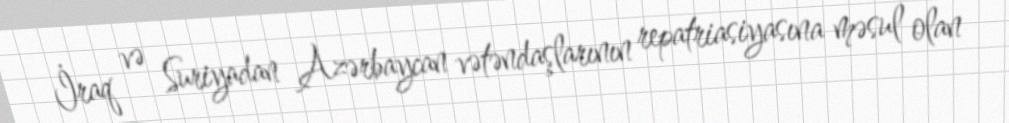
İraq və Suriyadan Azərbaycan vətəndaşlarının repatriasiyasına məsul olan